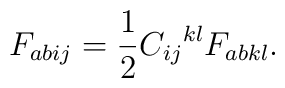
F_{abij} =\frac12 {C_{ij}}^{kl} {F_{abkl}}.